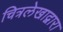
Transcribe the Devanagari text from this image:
चित्रलेखाद्वारा